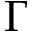
\Gamma